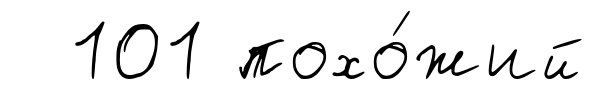
101 похо́жий